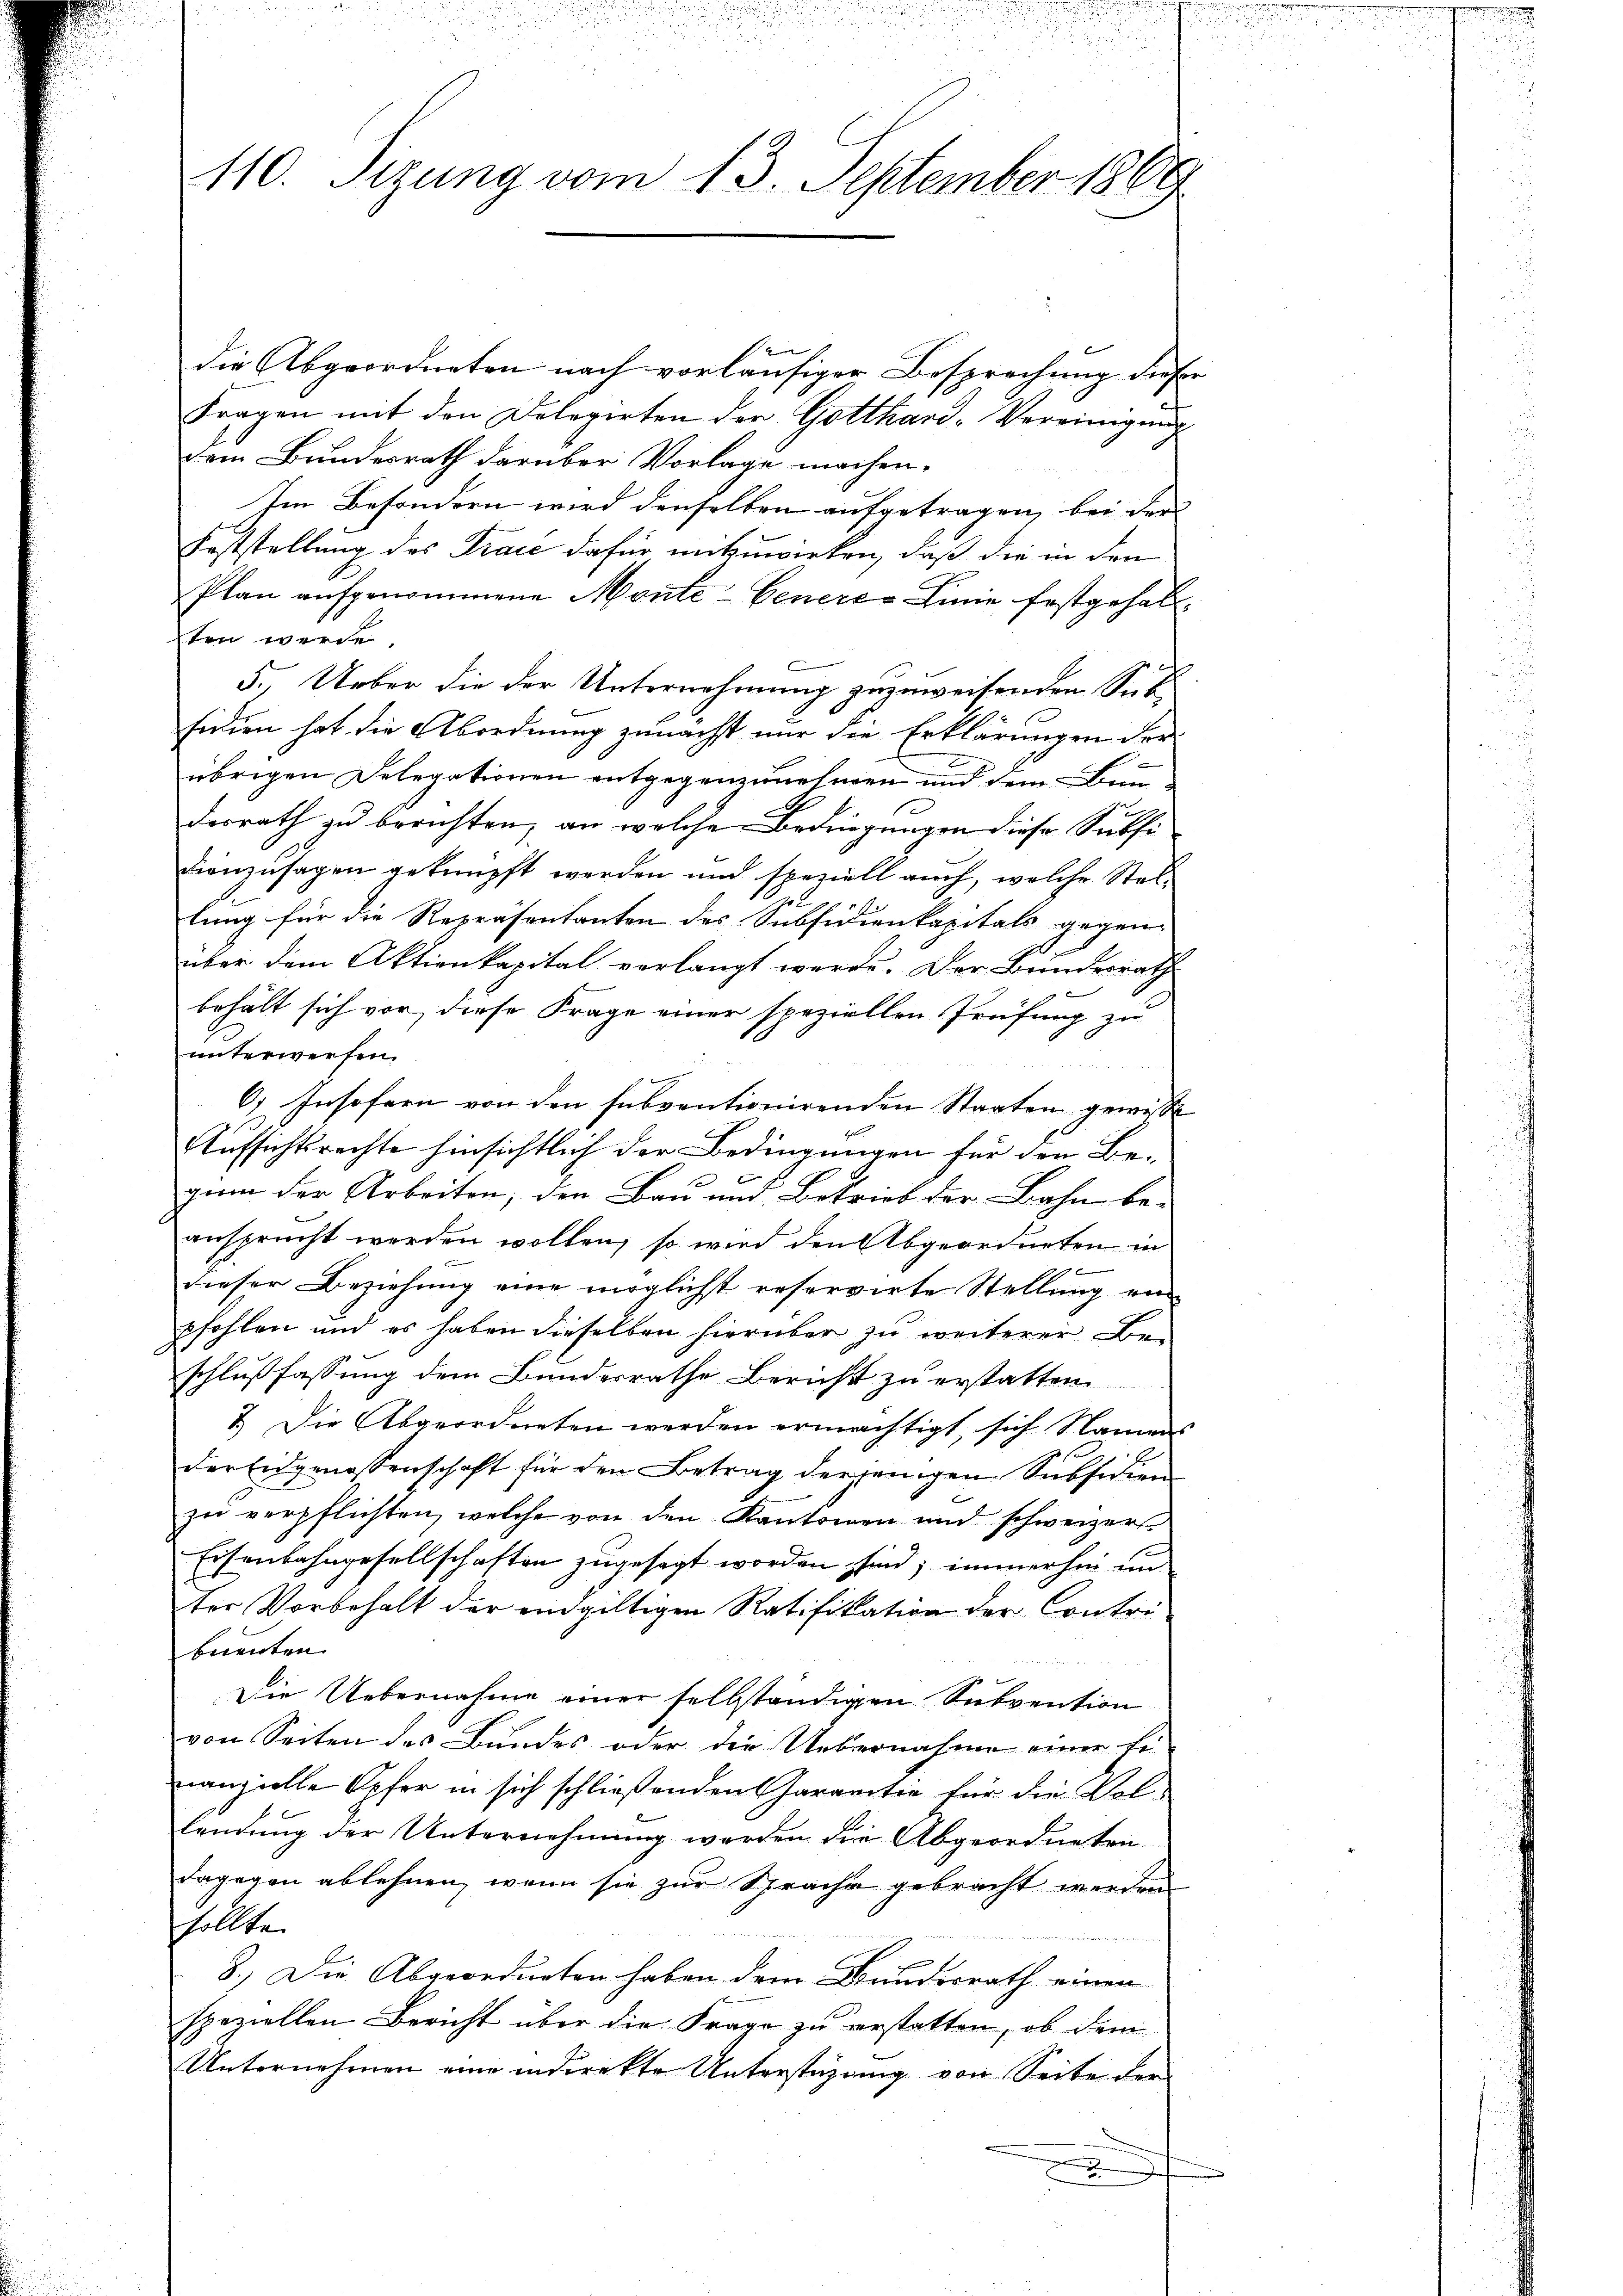
110. Sizung vom 13. September 1869

e
die Abgeordneten nach vorläufiger Besprechung dieser
Fragen mit den Dolegirten der Gotthard-Vereinigung
dem Bundesrath darüber Vorlage machen.
Im Besondern wird denselben aufgetragen, bei der
Feststellung des Trace dafür mitzuwirken, daß die in den
Plan aufgenommene Monte-Venere Linie festgehabt.
ten werde.
5.) Ueber die der Unternehmung zuzuweisenden Sitfidien hat die Abordnung zunächst nur die Erklärungen der
übrigen Delegationen entgegenzunehmen und dem Bundesrath zu berichten, an welche Bedingungen diese Subsi
dienzusagen geknüpft werden und speziell auch, welche Stellung für die Repräsentanten des Subsidienkapitals gegen-
über dem Aktienkapital verlangt werde. Der Bundesrath
behält sich vor, diese Frage einer speziellen Prüfung zu
unterwerfen.
6) Insofern von den subventionirenden Staaten gewisse
Aufsichtsrechte hinsichtlich der Bedingungen für den Be-
ginn der Arbeiten, den Bau und Betrieb der Bahn be-
ansprucht werden wollen, so wird den Abgeordneten in
dieser Beziehung eine möglicht reservirte Stellung ein
pfohlen und es haben dieselben hierüber zu weiterer Be-
schlußfassung dem Bundesrathe Bericht zu erstatten
7.) Die Abgeordneten werden ermächtigt, sich Namens
der Eidgenossenschaft für den Betrag derjenigen Subsidien
zu verpflichten, welche von den Kantonen und schweizer
Eisenbahngesellschaften zugesagt worden sind; immerhin un
ter Vorbehalt der endgültigen Ratifikation der Contri-
buenten
Die Uebernahme einer selbständigen Subvention
von Seiten des Bundes oder die Uebernahme einer Ernanzielle Opfer in sich schließenden Gararitie für die Vol-
landŭng der Unternehmung werden die Abgeordneten.
dagegen ablehnen, wenn sie zur Sprache gebracht werden
sollte.
8.) Die Abgeordneten haben dem Bundesrath einen
speziellen Bericht über die Frage zu verstatten, ob dem
Unternehmen eine indirekte Unterstüzung von Seite der
x